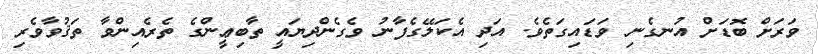
ވަރަށް ބޮޑަށް އުނގެނި ވަޑައިގަތެވެ. އަދި އެކަލޭގެފާނު ވެގެންދިޔައީ ތާބިޢީންގެ ތެރެއިންވާ ތަޤުވާވެރި